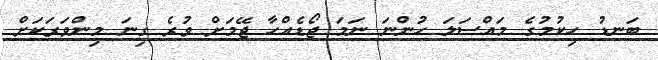
ބަނޑު ހިކުމުގެ މައްސަލަ ހުންނަ ނަމަ ޖޯޑެއްހާ ޖޭމަށް ވުރެ ގިނަ މިންވަރަކަށް